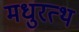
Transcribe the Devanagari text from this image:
मधुरत्थ